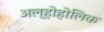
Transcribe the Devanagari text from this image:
अल्होहोलिक